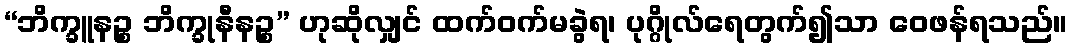
“ဘိက္ခူနဉ္စ ဘိက္ခုနီနဉ္စ” ဟုဆိုလျှင် ထက်ဝက်မခွဲရ၊ ပုဂ္ဂိုလ်ရေတွက်၍သာ ဝေဖန်ရသည်။